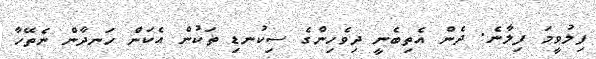
ފިލުވީމަ ފިލާނެ. ދެން އެތިބެނީ ދިވެހިންގެ ސިކުނޑި ތަކުން އެކަން ހަނދާން ނެތޭހާ